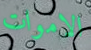
الاموات